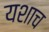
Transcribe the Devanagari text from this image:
यशाच